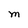
Character: M